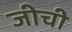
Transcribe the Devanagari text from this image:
जीची